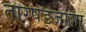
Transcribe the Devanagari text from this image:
तारषड्जाला